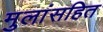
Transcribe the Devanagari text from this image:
मुलांसहित